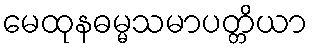
မေထုနဓမ္မသမာပတ္တိယာ